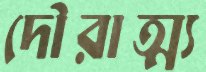
দৌরাত্ম্য